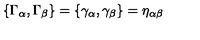
\{ \Gamma _ { \alpha } , \Gamma _ { \beta } \} = \{ \gamma _ { \alpha } , \gamma _ { \beta } \} = \eta _ { \alpha \beta }